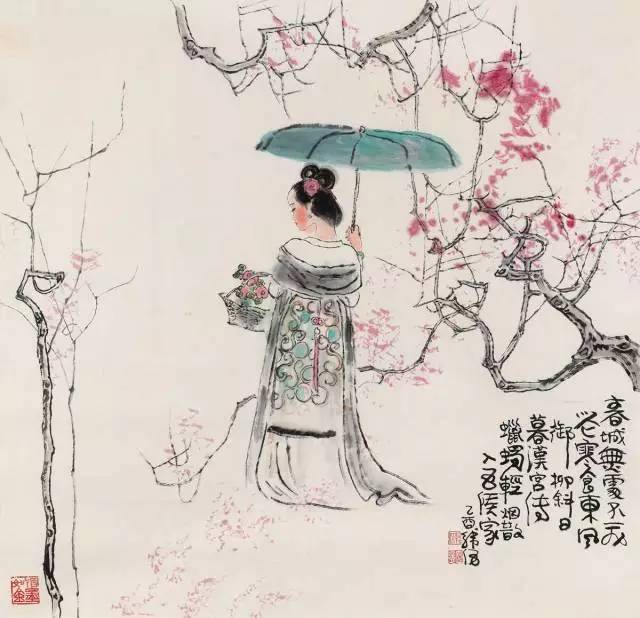
西湖到日，重见梅钿皱。